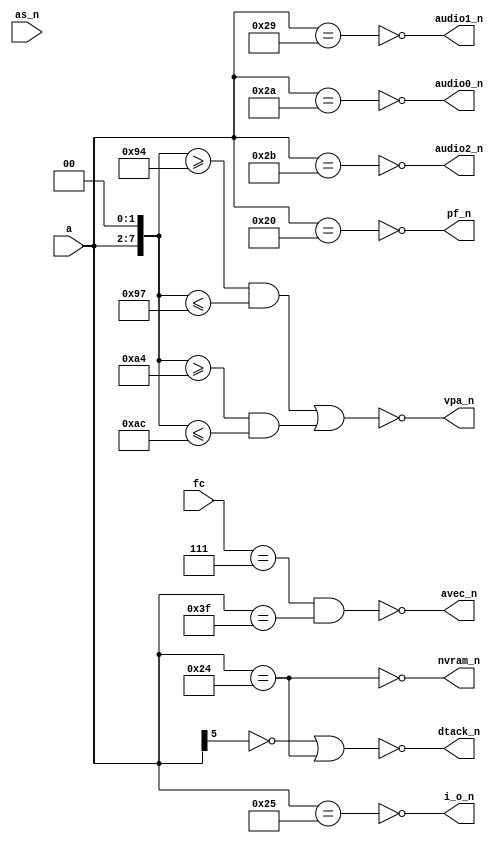
//
// foodfight
// address decode pal
// Brad Parker <brad@heeltoe.com> 5/2014
//

module pal(
	   input 	 as_n,
	   input [23:18] a,
	   input [2:0] 	 fc,
	   output 	 nvram_n,
	   output 	 i_o_n,
	   output 	 audio2_n,
	   output 	 pf_n,
	   output 	 audio1_n,
	   output 	 audio0_n,
	   output 	 dtack_n,
	   output 	 vpa_n,
	   output 	 avec_n
	   );

   wire nvram, i_o, audio2, pf, audio1, audio0, dtack, vpa, avec;
   
   assign nvram_n  = ~nvram;
   assign i_o_n    = ~i_o;
   assign audio2_n = ~audio2;
   assign pf_n     = ~pf;
   assign audio1_n = ~audio1;
   assign audio0_n = ~audio0;
   assign dtack_n  = ~dtack;
   assign vpa_n    = ~vpa;
   assign avec_n    = ~avec;

   //
   // 2222 1111 1111 11
   // 3210 9876 5432 1098 7654 3210
   //
   // 9     4   8       0    0    0  

   wire [23:16] addr;
   assign addr = { a, 2'b00 };
   
   assign pf     = addr == 8'h80;
   assign nvram  = addr == 8'h90;
   assign i_o    = addr == 8'h94;
   assign audio2 = addr == 8'hac;
   assign audio1 = addr == 8'ha4;
   assign audio0 = addr == 8'ha8;

//   assign dtack  = /*addr >= 8'h00 && addr <= 8'h7f*/addr[23] ? 1'b0 : 1'b1;
`ifdef SIMULATION
   assign dtack  = (^addr === 1'bX) ? 1'b0 :
		   (~addr[23] | (addr == 8'h90));

   assign vpa    = (^addr === 1'bX) ? 1'b0 :
		   ((addr >= 8'h94 && addr <= 8'h97) |   /* i/o */
		    (addr >= 8'ha4 && addr <= 8'hac));    /* pokey */
`else
   assign dtack  = ~addr[23] | (addr == 8'h90);

   assign vpa    = (addr >= 8'h94 && addr <= 8'h97) |   /* i/o */
		   (addr >= 8'ha4 && addr <= 8'hac);    /* pokey */
`endif
   
   
   assign avec   = (fc == 3'b111 & a == 6'h3f/* & ~as_n*/); /* interrupt ack */

   //
   // !nvram   =  !as & a23 & !a22 & !a21 &  a20 & !a19 & !a18 ;
   // !io      =  !as & a23 & !a22 & !a21 &  a20 & !a19 &  a18 ;
   // !audio2  =  !as & a23 & !a22 &  a21 & !a20 &  a19 &  a18 ;
   // !pf      =  !as & a23 & !a22 & !a21 & !a20 & !a19 & !a18 ;
   // !audio1  =  !as & a23 & !a22 &  a21 & !a20 & !a19 &  a18 ;
   // !audio0  =  !as & a23 & !a22 &  a21 & !a20 &  a19 & !a18 ;
   // 
   // !dtack   = ( !as & !a23 ) +  (!as &  a23 & !a22 & !a21 & a20 );
   // !vpa  = ( !as & fc2 & fc1 & fc0 ) + ( !as & a23 & !a22 & a21 & !a20 );
   //
   
endmodule // pal